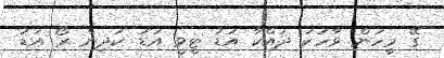
ގޭ މީހުން ވާހަކަ ދައްކާ އަޑު ޓީވީ އަޑު ކުދިން ރޯ އަޑު